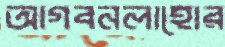
আগবনলাহোর